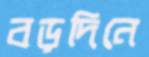
বড়দিনে